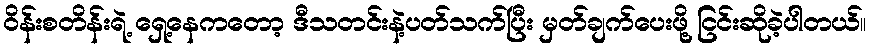
ဝိန်းစတိန်းရဲ့ ရှေ့နေကတော့ ဒီသတင်းနဲ့ပတ်သက်ပြီး မှတ်ချက်ပေးဖို့ ငြင်းဆိုခဲ့ပါတယ်။